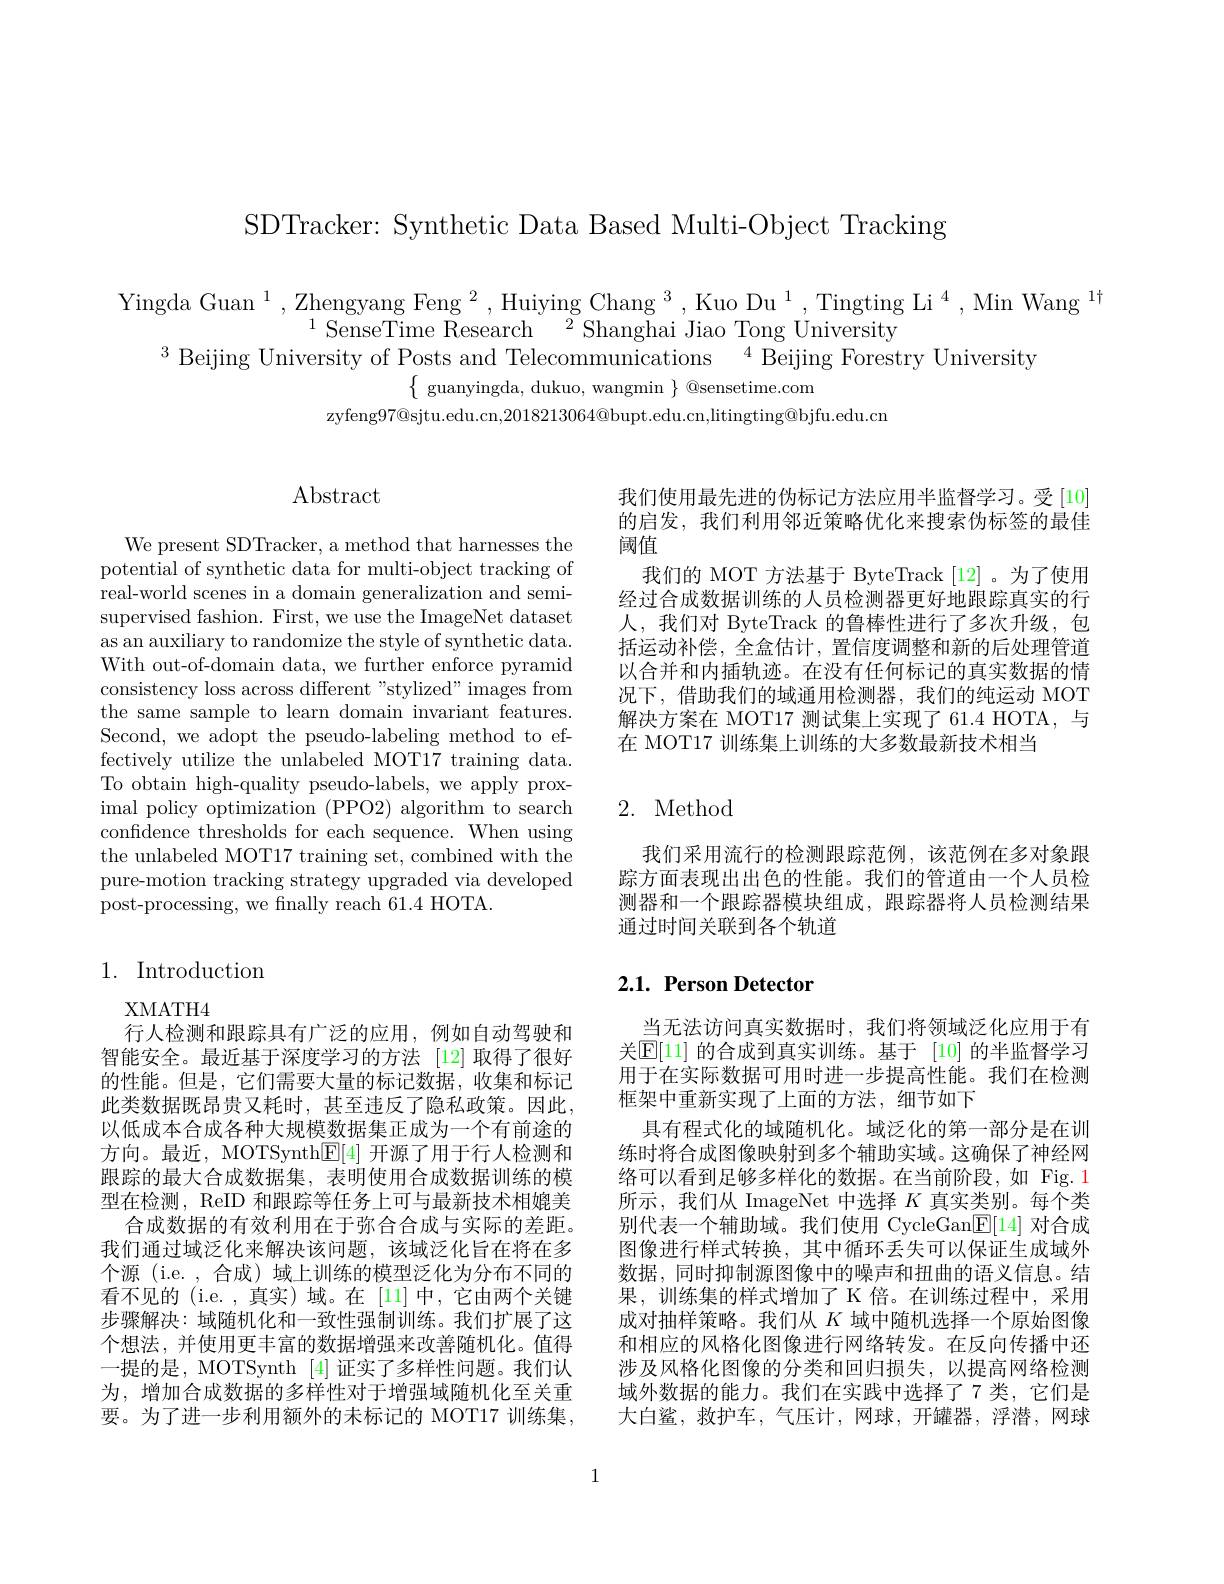
SDTracker: Synthetic Data Based Multi-Object Tracking

Yingda Guan $^1,\text{Zhengyang Feng }^2,\text{Huiying Chang }^3,\text{Kuo Du }^1,\text{Tingting Li}^4,\text{Min Wang }^{1\dagger}$
$^{1}$SenseTime Research$^2$Shanghai Jiao Tong University
$^3$ Beijing University of Posts and Telecommunications$^4$ Beijing Forestry University
$\{$ guanyingda, dukuo, wangmin $\}$ @sensetime.com
zyfeng$97@$sjtu.edu.cn,2018213064@bupt.edu.cn,litingting@bjfu.edu.cn

## Abstract

We present SDTracker, a method that harnesses the potential of synthetic data for multi-object tracking of real-world scenes in a domain generalization and semisupervised fashion. First, we use the ImageNet dataset as an auxiliary to randomize the style of synthetic data. With out-of-domain data, we further enforce pyramid consistency loss across different"stylized" images from the same sample to learn domain invariant features. Second, we adopt the pseudo-labeling method to effectively utilize the unlabeled MOT17 training data. To obtain high-quality pseudo-labels, we apply proximal policy optimization (PPO2) algorithm to search confidence thresholds for each sequence. When using the unlabeled MOT17 training set, combined with the pure-motion tracking strategy upgraded via developed post-processing, we finally reach 61.4 HOTA

## 1. Introduction

XMATH4
行人检测和跟踪具有广泛的应用，例如自动驾驶和智能安全。最近基于深度学习的方法 [12]取得了很好的性能。但是，它们需要大量的标记数据，收集和标记此类数据既昂贵又耗时，甚至违反了隐私政策。因此， 以低成本合成各种大规模数据集正成为一个有前途的方向。最近，MOTSynth$\underline{\mathrm{E}}[4]$开源了用于行人检测和跟踪的最大合成数据集，表明使用合成数据训练的模型在检测，ReID 和跟踪等任务上可与最新技术相媲美
合成数据的有效利用在于弥合合成与实际的差距。我们通过域泛化来解决该问题，该域泛化旨在将在多个源 (i.e.,合成)域上训练的模型泛化为分布不同的看不见的 (i.e.,真实) 域。在 [11] 中，它由两个关键步骤解决：域随机化和一致性强制训练。我们扩展了这个想法，并使用更丰富的数据增强来改善随机化。值得一提的是，MOTSynth [4]证实了多样性问题。我们认为，增加合成数据的多样性对于增强域随机化至关重要。为了进一步利用额外的未标记的 MOT17 训练集，

我们使用最先进的伪标记方法应用半监督学习。受[10] 的启发，我们利用邻近策略优化来搜索伪标签的最佳阈值
我们的 MOT 方法基于 ByteTrack [12] 。为了使用经过合成数据训练的人员检测器更好地跟踪真实的行人，我们对 ByteTrack 的鲁棒性进行了多次升级，包括运动补偿，全盒估计，置信度调整和新的后处理管道以合并和内插轨迹。在没有任何标记的真实数据的情况下，借助我们的域通用检测器，我们的纯运动 MOT 解决方案在 MOT17 测试集上实现了 61.4 HOTA, 与在 MOT17 训练集上训练的大多数最新技术相当

# 2. Method

我们采用流行的检测跟踪范例，该范例在多对象跟踪方面表现出出色的性能。我们的管道由一个人员检测器和一个跟踪器模块组成，跟踪器将人员检测结果通过时间关联到各个轨道

# 2.1. Person Detector

当无法访问真实数据时，我们将领域泛化应用于有关$\mathbb{E}[11]$的合成到真实训练。基于[10]的半监督学习用于在实际数据可用时进一步提高性能。我们在检测框架中重新实现了上面的方法，细节如下
具有程式化的域随机化。域泛化的第一部分是在训练时将合成图像映射到多个辅助实域。这确保了神经网络可以看到足够多样化的数据。在当前阶段，如 Fig.1所示，我们从 ImageNet 中选择$K$真实类别。每个类别代表一个辅助域。我们使用 CycleGan$\mathbb{E}[14]$对合成图像进行样式转换，其中循环丢失可以保证生成域外数据，同时抑制源图像中的噪声和扭曲的语义信息。结果，训练集的样式增加了 K 倍。在训练过程中，采用成对抽样策略。我们从$K$域中随机选择一个原始图像和相应的风格化图像进行网络转发。在反向传播中还涉及风格化图像的分类和回归损失，以提高网络检测域外数据的能力。我们在实践中选择了7 类，它们是大白鲨，救护车，气压计，网球，开罐器，浮潜，网球

1